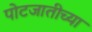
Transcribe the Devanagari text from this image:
पोटजातीच्या